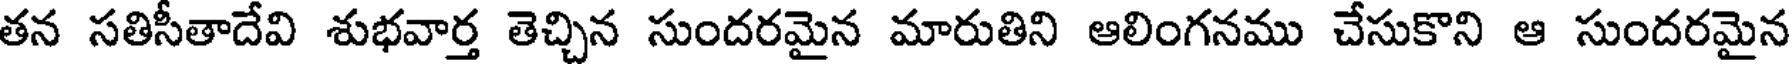
తన సతిసీతాదేవి శుభవార్త తెచ్చిన సుందరమైన మారుతిని ఆలింగనము చేసుకొని ఆ సుందరమైన